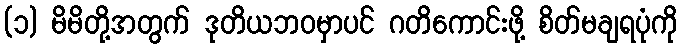
(၁) မိမိတို့အတွက် ဒုတိယဘဝမှာပင် ဂတိကောင်းဖို့ စိတ်မချရပုံကို